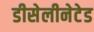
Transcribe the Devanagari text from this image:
डीसेलीनेटेड